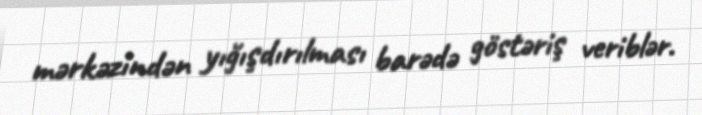
mərkəzindən yığışdırılması barədə göstəriş veriblər.